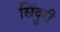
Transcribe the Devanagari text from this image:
सिंदुरी